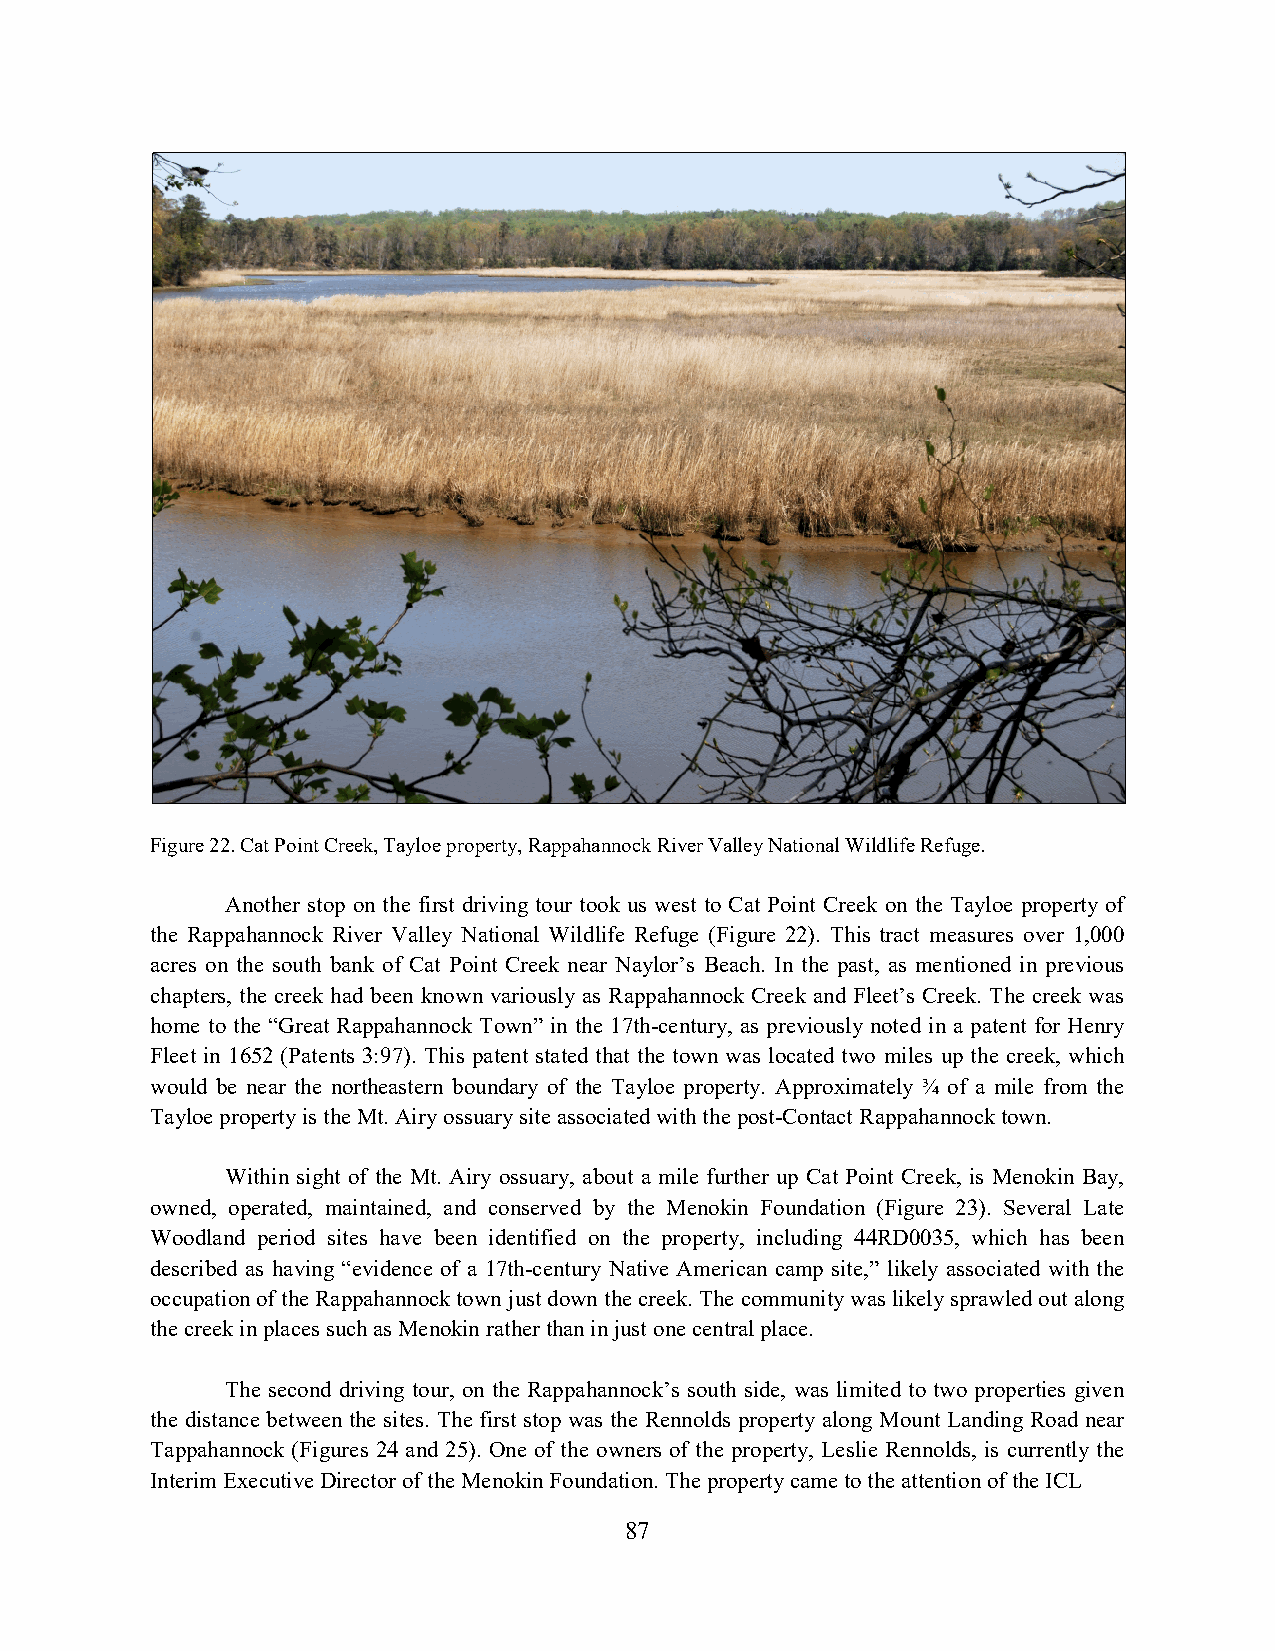
Figure 22. Cat Point Creek, Tayloe property, Rappahannock River Valley National Wildlife Refuge.
 Another stop on the first driving tour took us west to Cat Point Creek on the Tayloe property of
 the Rappahannock River Valley National Wildlife Refuge (Figure 22). This tract measures over 1,000
 acres on the south bank of Cat Point Creek near Naylor’s Beach. In the past, as mentioned in previous
 chapters, the creek had been known variously as Rappahannock Creek and Fleet’s Creek. The creek was
 home to the “Great Rappahannock Town” in the 17th-century, as previously noted in a patent for Henry
 Fleet in 1652 (Patents 3:97). This patent stated that the town was located two miles up the creek, which
 would be near the northeastern boundary of the Tayloe property. Approximately ¾ of a mile from the
 Tayloe property is the Mt. Airy ossuary site associated with the post-Contact Rappahannock town.
 Within sight of the Mt. Airy ossuary, about a mile further up Cat Point Creek, is Menokin Bay,
 owned, operated, maintained, and conserved by the Menokin Foundation (Figure 23). Several Late
 Woodland period sites have been identified on the property, including 44RD0035, which has been
 described as having “evidence of a 17th-century Native American camp site,” likely associated with the
 occupation of the Rappahannock town just down the creek. The community was likely sprawled out along
 the creek in places such as Menokin rather than in just one central place.
 The second driving tour, on the Rappahannock’s south side, was limited to two properties given
 the distance between the sites. The first stop was the Rennolds property along Mount Landing Road near
 Tappahannock (Figures 24 and 25). One of the owners of the property, Leslie Rennolds, is currently the
 Interim Executive Director of the Menokin Foundation. The property came to the attention of the ICL
 87